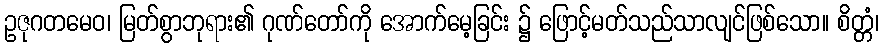
ဥဇုဂတမေဝ၊ မြတ်စွာဘုရား၏ ဂုဏ်တော်ကို အောက်မေ့ခြင်း ၌ ဖြောင့်မတ်သည်သာလျင်ဖြစ်သော။ စိတ္တံ၊